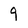
Character: 9